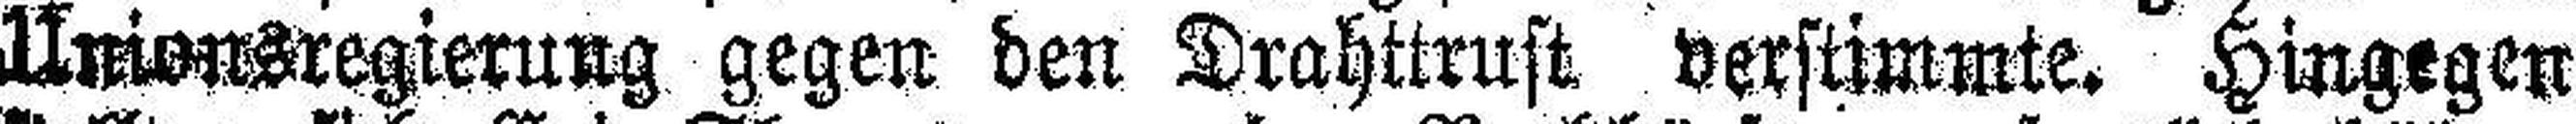
Unionsregierung gegen den Drahttrust versimmte. Hingegen